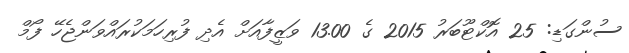
ސުންގަޑި: 25 އޮކްޓޫބަރު 2015 ގެ 13.00 ވަޒީފާއަށް އެދި ފުރިހަމަކުރައްވަންޖެހޭ ފޯމް